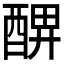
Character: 𨡟